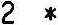
2 *